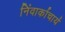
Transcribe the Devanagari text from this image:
निंवार्काचार्य